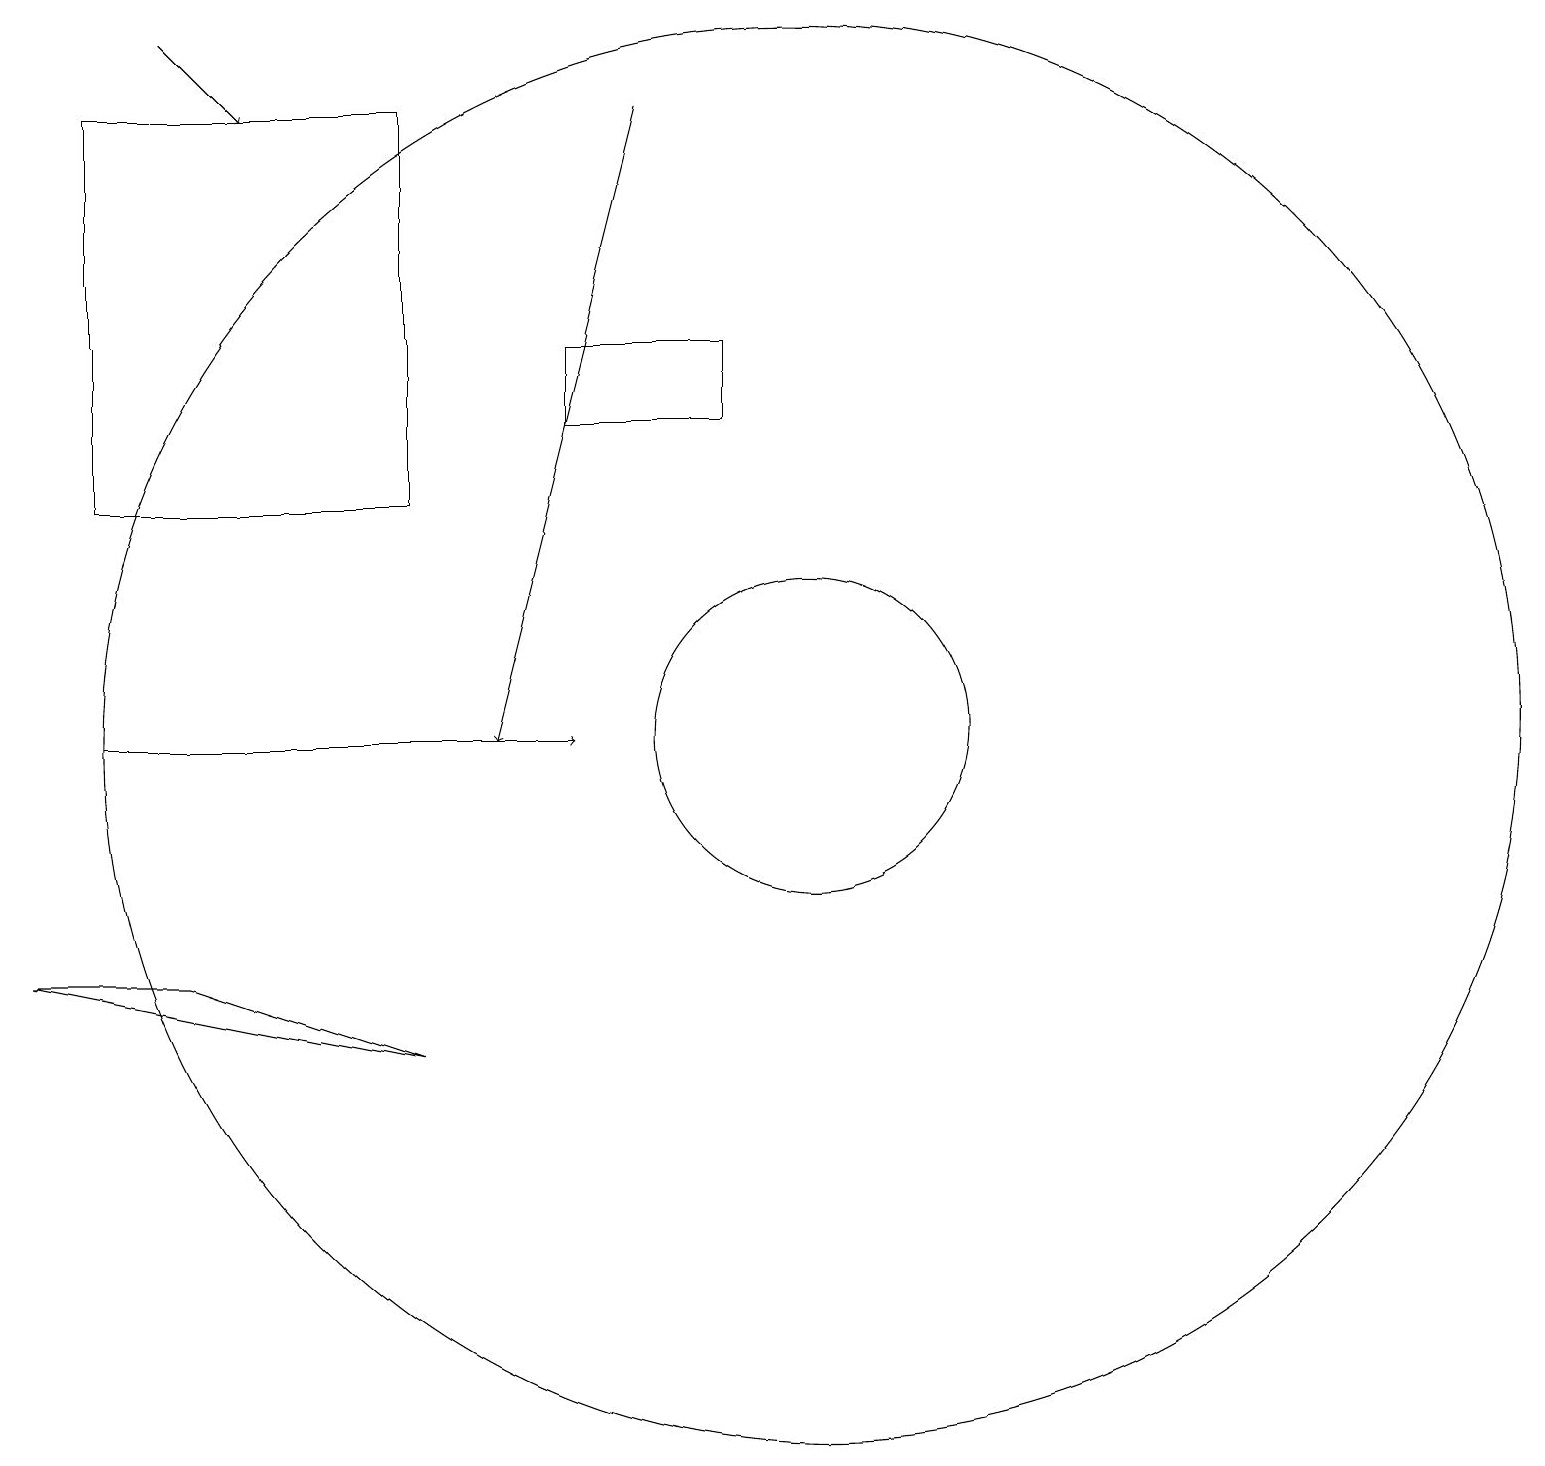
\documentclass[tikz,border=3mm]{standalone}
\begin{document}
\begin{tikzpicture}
\draw[->] (8,18) -- (6,10);
\draw (5,6) -- (2,7) -- (0,7) -- cycle;
\draw (5,18) rectangle (1,13);
\draw (10,10) circle (2);
\draw (7,15) rectangle (9,14);
\draw (10,10) circle (9);
\draw[->] (1,10) -- (7,10);
\draw[->] (2,19) -- (3,18);
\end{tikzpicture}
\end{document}